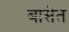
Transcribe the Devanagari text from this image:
बासेत